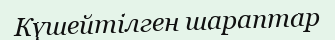
Күшейтілген шараптар